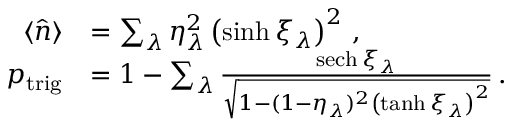
\begin{array} { r l } { \langle \hat { n } \rangle } & { = \sum _ { \lambda } \eta _ { \lambda } ^ { 2 } \left( \sinh \xi _ { \lambda } \right) ^ { 2 } \, , } \\ { p _ { \mathrm { t r i g } } } & { = 1 - \sum _ { \lambda } \frac { \mathrm { s e c h } \, \xi _ { \lambda } } { \sqrt { 1 - ( 1 - \eta _ { \lambda } ) ^ { 2 } \left( \operatorname { t a n h } \xi _ { \lambda } \right) ^ { 2 } } } \, . } \end{array}